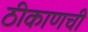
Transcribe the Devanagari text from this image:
ठीकाणची